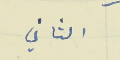
الثاني